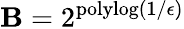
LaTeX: \mathbf{B}=2^{\mathrm{{polylog}}(1/\epsilon)}